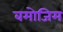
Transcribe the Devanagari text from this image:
बमोजिम